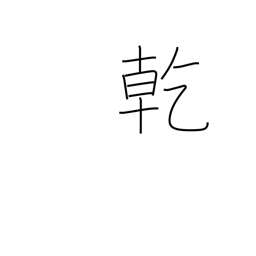
Meaning: drink up